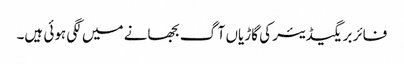
فائر بریگیڈیئر کی گاڑیاں آگ بجھانے میں لگی ہوئی ہیں۔